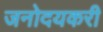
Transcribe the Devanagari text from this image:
जनोदयकरी